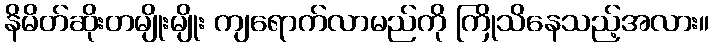
နိမိတ်ဆိုးတမျိုးမျိုး ကျရောက်လာမည်ကို ကြိုသိနေသည့်အလား။